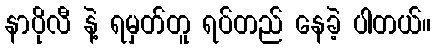
နာပိုလီ နဲ့ ရမှတ်တူ ရပ်တည် နေခဲ့ ပါတယ်။